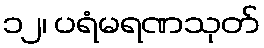
၁၂၊ ပရံမရဏသုတ်